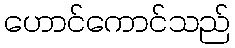
ဟောင်ကောင်သည်